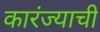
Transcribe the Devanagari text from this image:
कारंज्याची